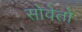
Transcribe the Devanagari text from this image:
सोवेतो